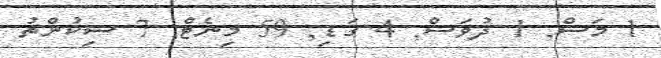
1 މަސް